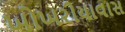
ખોખરીયાવાસ